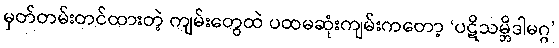
မှတ်တမ်းတင်ထားတဲ့ ကျမ်းတွေထဲ ပထမဆုံးကျမ်းကတော့ ‘ပဋိသမ္ဘိဒါမဂ္ဂ’